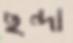
ছন্দা